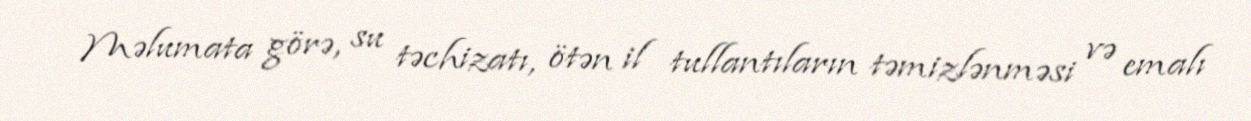
Məlumata görə, su təchizatı, ötən il tullantıların təmizlənməsi və emalı